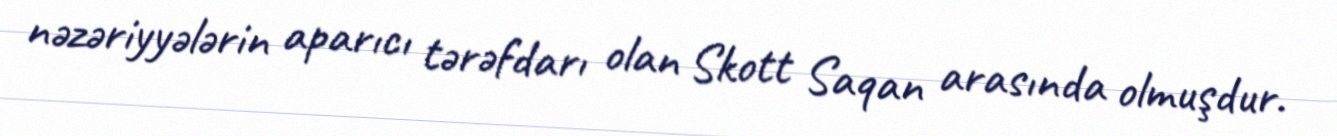
nəzəriyyələrin aparıcı tərəfdarı olan Skott Saqan arasında olmuşdur.